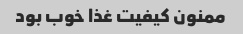
ممنون کیفیت غذا خوب بود